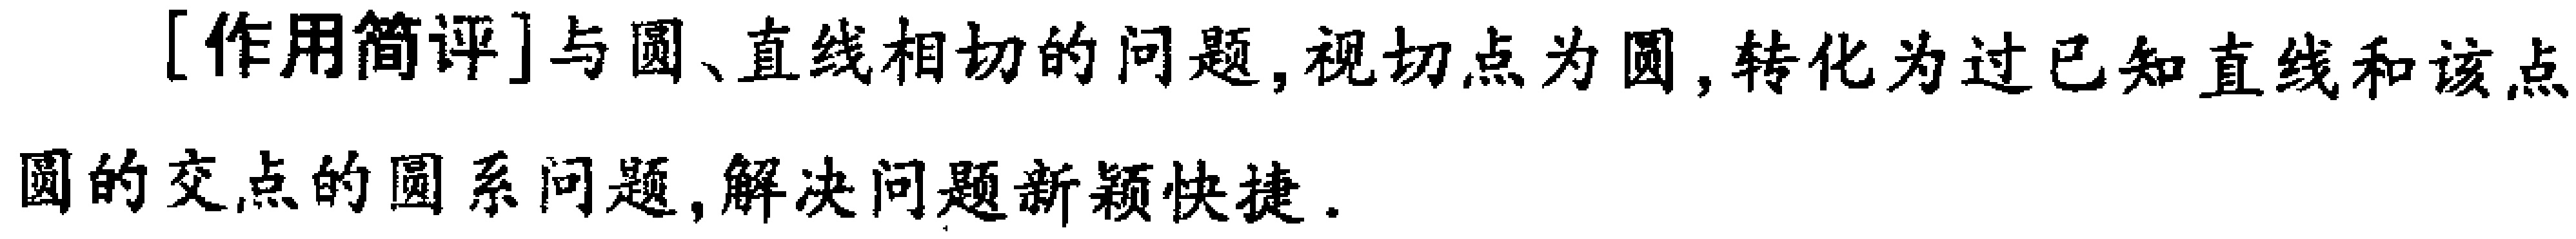
[作用简评]与圆、直线相切的问题,视切点为圆,转化为过已知直线和该点圆的交点的圆系问题,解决问题新颖快捷.